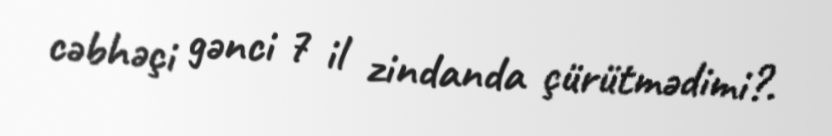
cəbhəçi gənci 7 il zindanda çürütmədimi?.